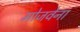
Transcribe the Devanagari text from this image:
मोजवेना